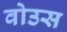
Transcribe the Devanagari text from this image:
वोउस